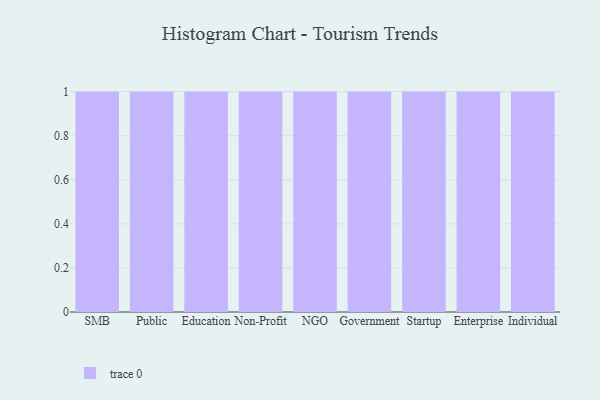
{"axis": {"x": "Segment", "y": "Demand Index"}, "legend": [""], "data": [{"x": "SMB", "y": 13, "type": ""}, {"x": "Public", "y": 68, "type": ""}, {"x": "Education", "y": 27, "type": ""}, {"x": "Non-Profit", "y": 100, "type": ""}, {"x": "NGO", "y": 96, "type": ""}, {"x": "Government", "y": 100, "type": ""}, {"x": "Startup", "y": 59, "type": ""}, {"x": "Enterprise", "y": 47, "type": ""}, {"x": "Individual", "y": 15, "type": ""}]}